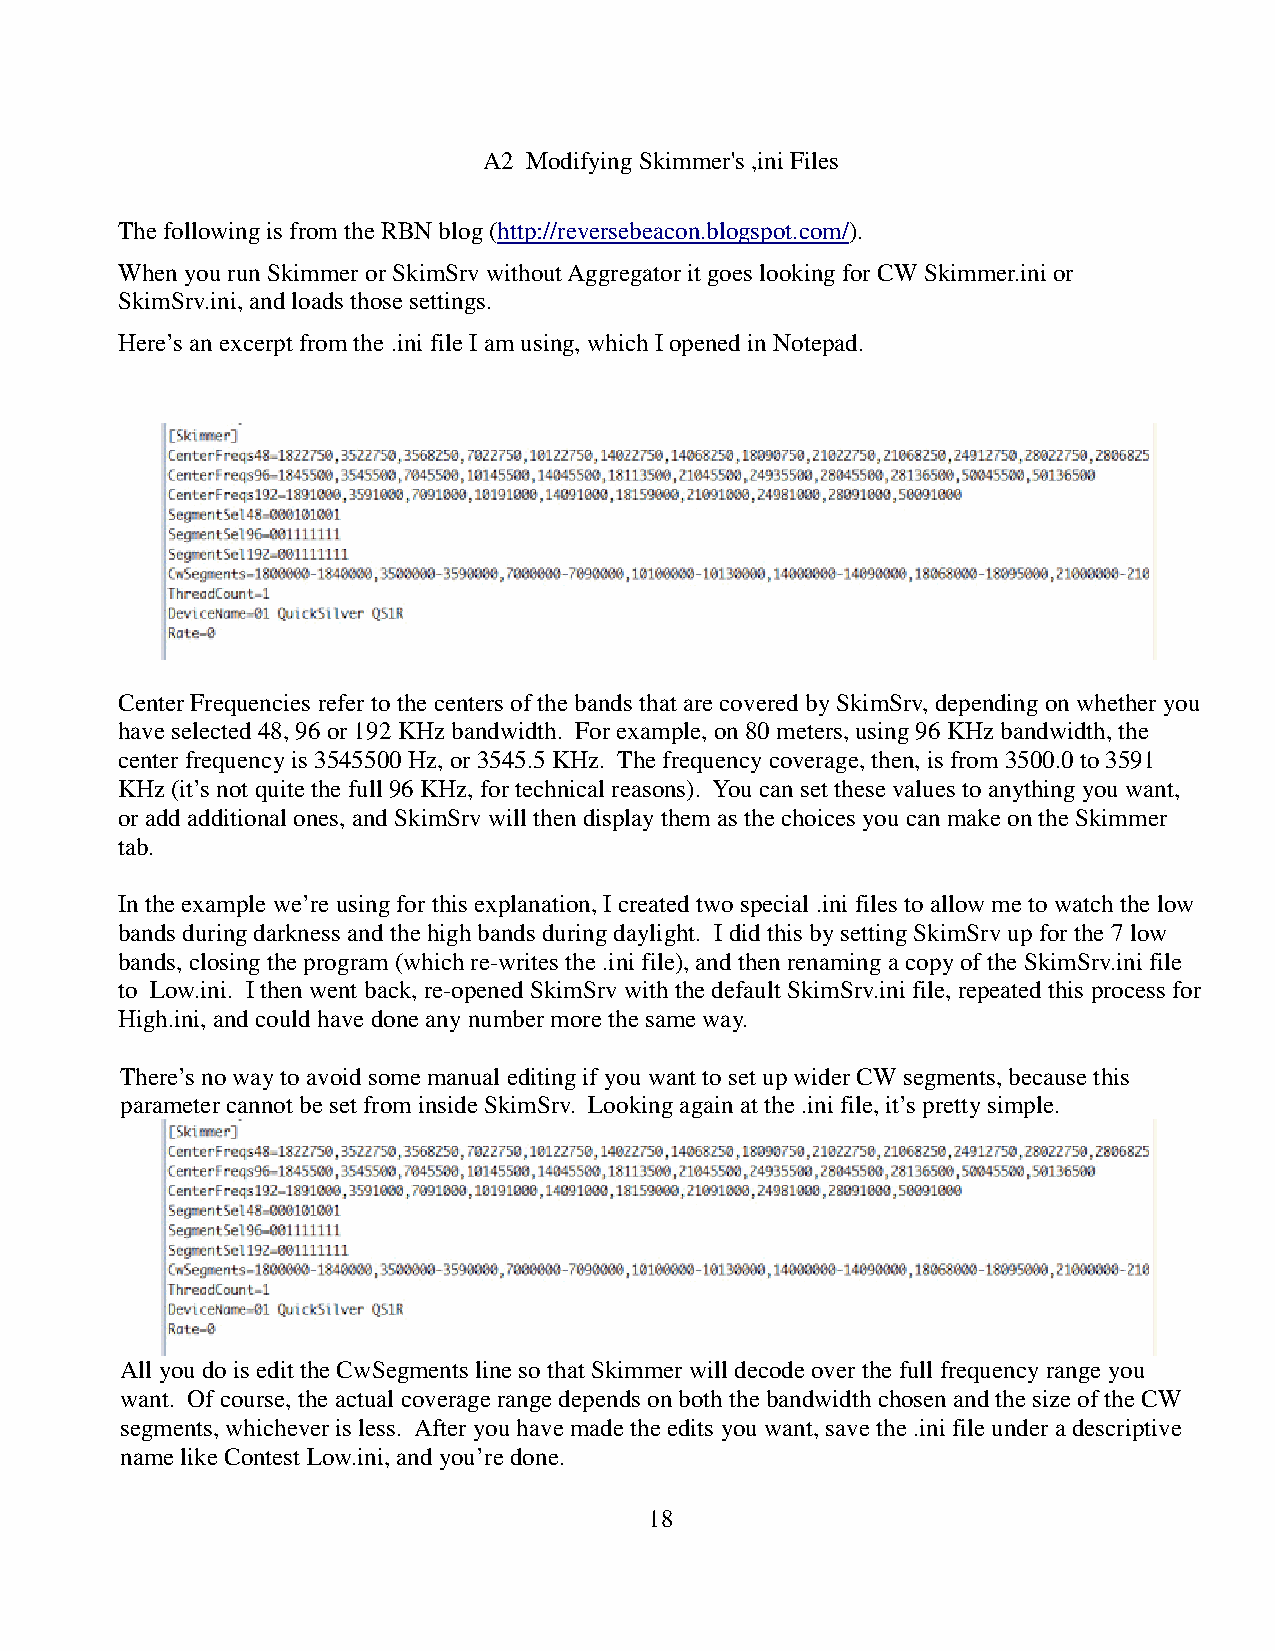
A2 Modifying Skimmer's ,ini Files
 The following is from the RBN blog (http://reversebeacon.blogspot.com/).
 When you run Skimmer or SkimSrv without Aggregator it goes looking for CW Skimmer.ini or
 SkimSrv.ini, and loads those settings.
 Here’s an excerpt from the .ini file I am using, which I opened in Notepad.
 Center Frequencies refer to the centers of the bands that are covered by SkimSrv, depending on whether you
 have selected 48, 96 or 192 KHz bandwidth. For example, on 80 meters, using 96 KHz bandwidth, the
 center frequency is 3545500 Hz, or 3545.5 KHz. The frequency coverage, then, is from 3500.0 to 3591
 KHz (it’s not quite the full 96 KHz, for technical reasons). You can set these values to anything you want,
 or add additional ones, and SkimSrv will then display them as the choices you can make on the Skimmer
 tab.
 In the example we’re using for this explanation, I created two special .ini files to allow me to watch the low
 bands during darkness and the high bands during daylight. I did this by setting SkimSrv up for the 7 low
 bands, closing the program (which re-writes the .ini file), and then renaming a copy of the SkimSrv.ini file
 to Low.ini. I then went back, re-opened SkimSrv with the default SkimSrv.ini file, repeated this process for
 High.ini, and could have done any number more the same way.
 There’s no way to avoid some manual editing if you want to set up wider CW segments, because this
 parameter cannot be set from inside SkimSrv. Looking again at the .ini file, it’s pretty simple.
 All you do is edit the CwSegments line so that Skimmer will decode over the full frequency range you
 want. Of course, the actual coverage range depends on both the bandwidth chosen and the size of the CW
 segments, whichever is less. After you have made the edits you want, save the .ini file under a descriptive
 name like Contest Low.ini, and you’re done.
 18